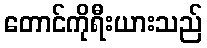
တောင်ကိုရီးယားသည်